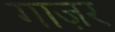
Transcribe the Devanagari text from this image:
गाज़र